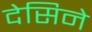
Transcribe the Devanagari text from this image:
देसिने